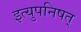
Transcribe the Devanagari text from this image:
इत्युपनिषत्‌